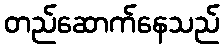
တည်ဆောက်နေသည်